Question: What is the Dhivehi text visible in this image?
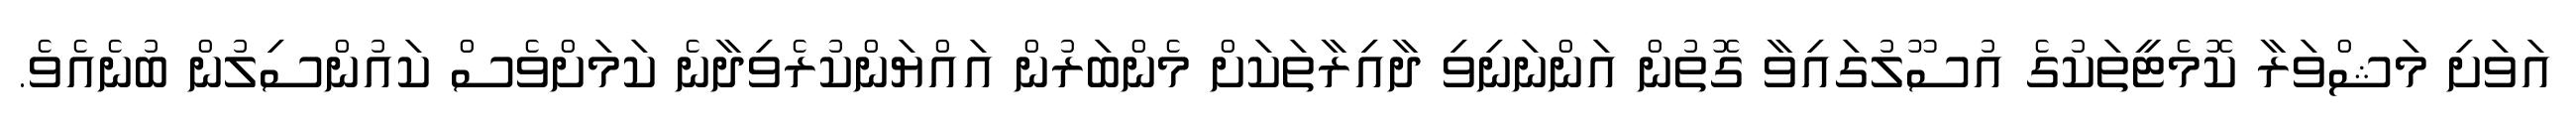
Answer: އަވަށި މަޝްވަރާ ކޮމެޓީތަކުގެ އުސޫލުގައިވާ ގޮތުން އަންނަނިވި ދާއިރާތަކަށް މެންބަރުން އައްޔަންކުރެވިދާނެ ކަމަށްވެސް ކައުންސިލުން ބުނެއެވެ.